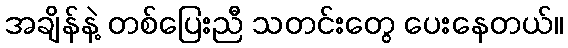
အချိန်နဲ့ တစ်ပြေးညီ သတင်းတွေ ပေးနေတယ်။